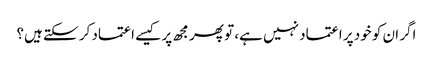
اگر ان کو خود پر اعتماد نہیں ہے، تو پھر مجھ پر کیسے اعتماد کر سکتے ہیں؟